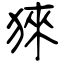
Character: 猍